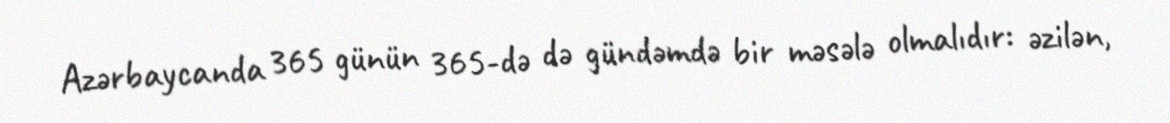
Azərbaycanda 365 günün 365-də də gündəmdə bir məsələ olmalıdır: əzilən,